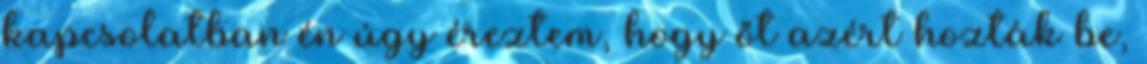
kapcsolatban én úgy éreztem, hogy őt azért hozták be,